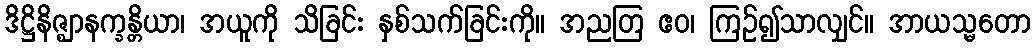
ဒိဋ္ဌိနိဇ္ဈာနက္ခန္တိယာ၊ အယူကို သိခြင်း နှစ်သက်ခြင်းကို။ အညတြ ဧဝ၊ ကြဉ်၍သာလျှင်။ အာယသ္မတော